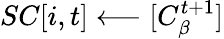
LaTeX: SC[i,t]\longleftarrow{[C_{\beta}^{t+1}]}